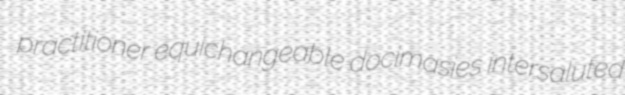
practitioner equichangeable docimasies intersaluted